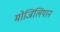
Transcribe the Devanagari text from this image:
मोजिलियान